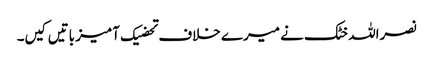
نصراللہ خٹک نے میرے خلاف تحضیک آمیز باتیں کیں۔